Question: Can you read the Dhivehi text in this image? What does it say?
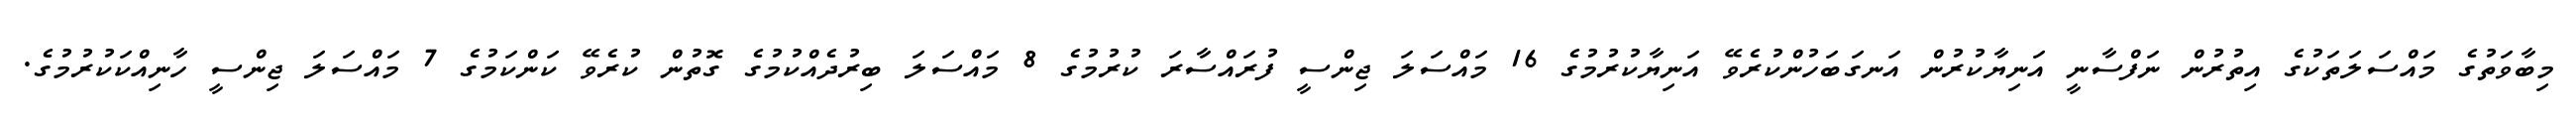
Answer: މިބާވަތުގެ މައްސަލަތަކުގެ އިތުރުން ނަފްސާނީ އަނިޔާކުރުން އަނގަބަހުންކުރެވޭ އަނިޔާކުރުމުގެ 16 މައްސަލަ ޖިންސީ ފުރައްސާރަ ކުރުމުގެ 8 މައްސަލަ ބިރުދެއްކުމުގެ ގޮތުން ކުރެވޭ ކަންކަމުގެ 7 މައްސަލަ ޖިންސީ ހާނިއްކަކުރުމުގެ.